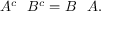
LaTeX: A ^ { c } \setminus B ^ { c } = B \setminus A .